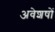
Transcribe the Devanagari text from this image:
अवेशषों